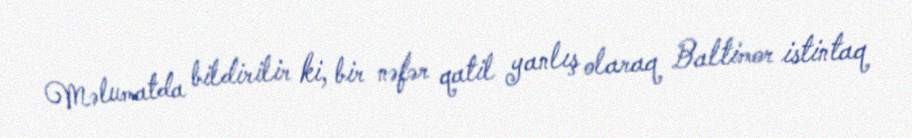
Məlumatda bildirilir ki, bir nəfər qatil yanlış olaraq Baltimor istintaq